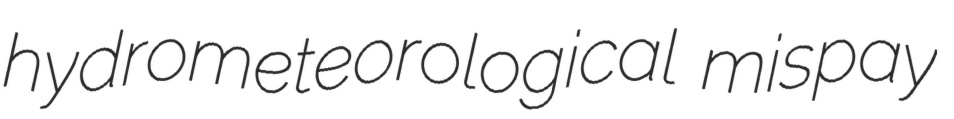
hydrometeorological mispay